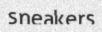
sneakers